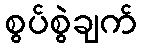
စွပ်စွဲချက်